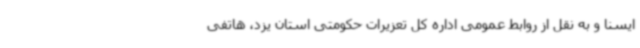
ایسنا و به نقل از روابط عمومی اداره کل تعزیرات حکومتی استان یزد، هاتفی